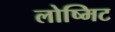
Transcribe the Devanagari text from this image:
लोष्मिट